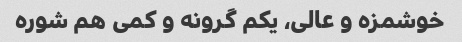
خوشمزه و عالی، یکم گرونه و کمی هم شوره